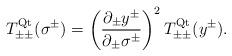
LaTeX: \begin{align*}T_{\pm\pm}^{\rm Qt}(\sigma^\pm)= \left(\frac{\partial_\pm y^\pm}{\partial_\pm \sigma^\pm}\right)^2T_{\pm\pm}^{\rm Qt}(y^\pm).\end{align*}